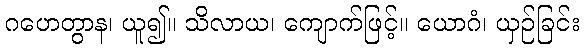
ဂဟေတွာန၊ ယူ၍။ သိလာယ၊ ကျောက်ဖြင့်။ ယောဂံ၊ ယှဉ်ခြင်း